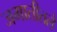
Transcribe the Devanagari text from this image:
जमातीतले